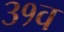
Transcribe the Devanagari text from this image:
३१व